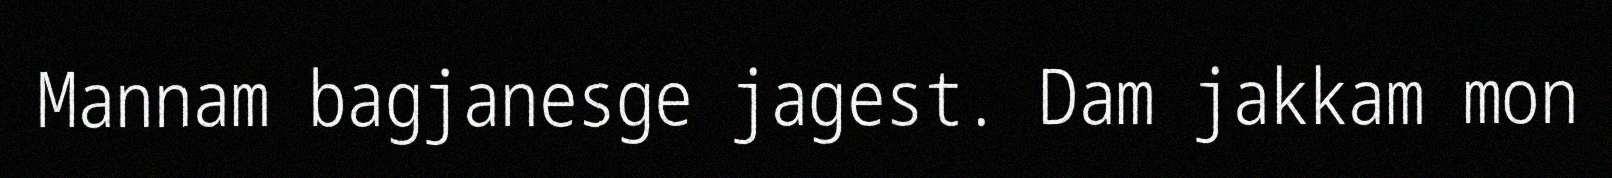
Mannam bagjanesge jagest. Dam jakkam mon